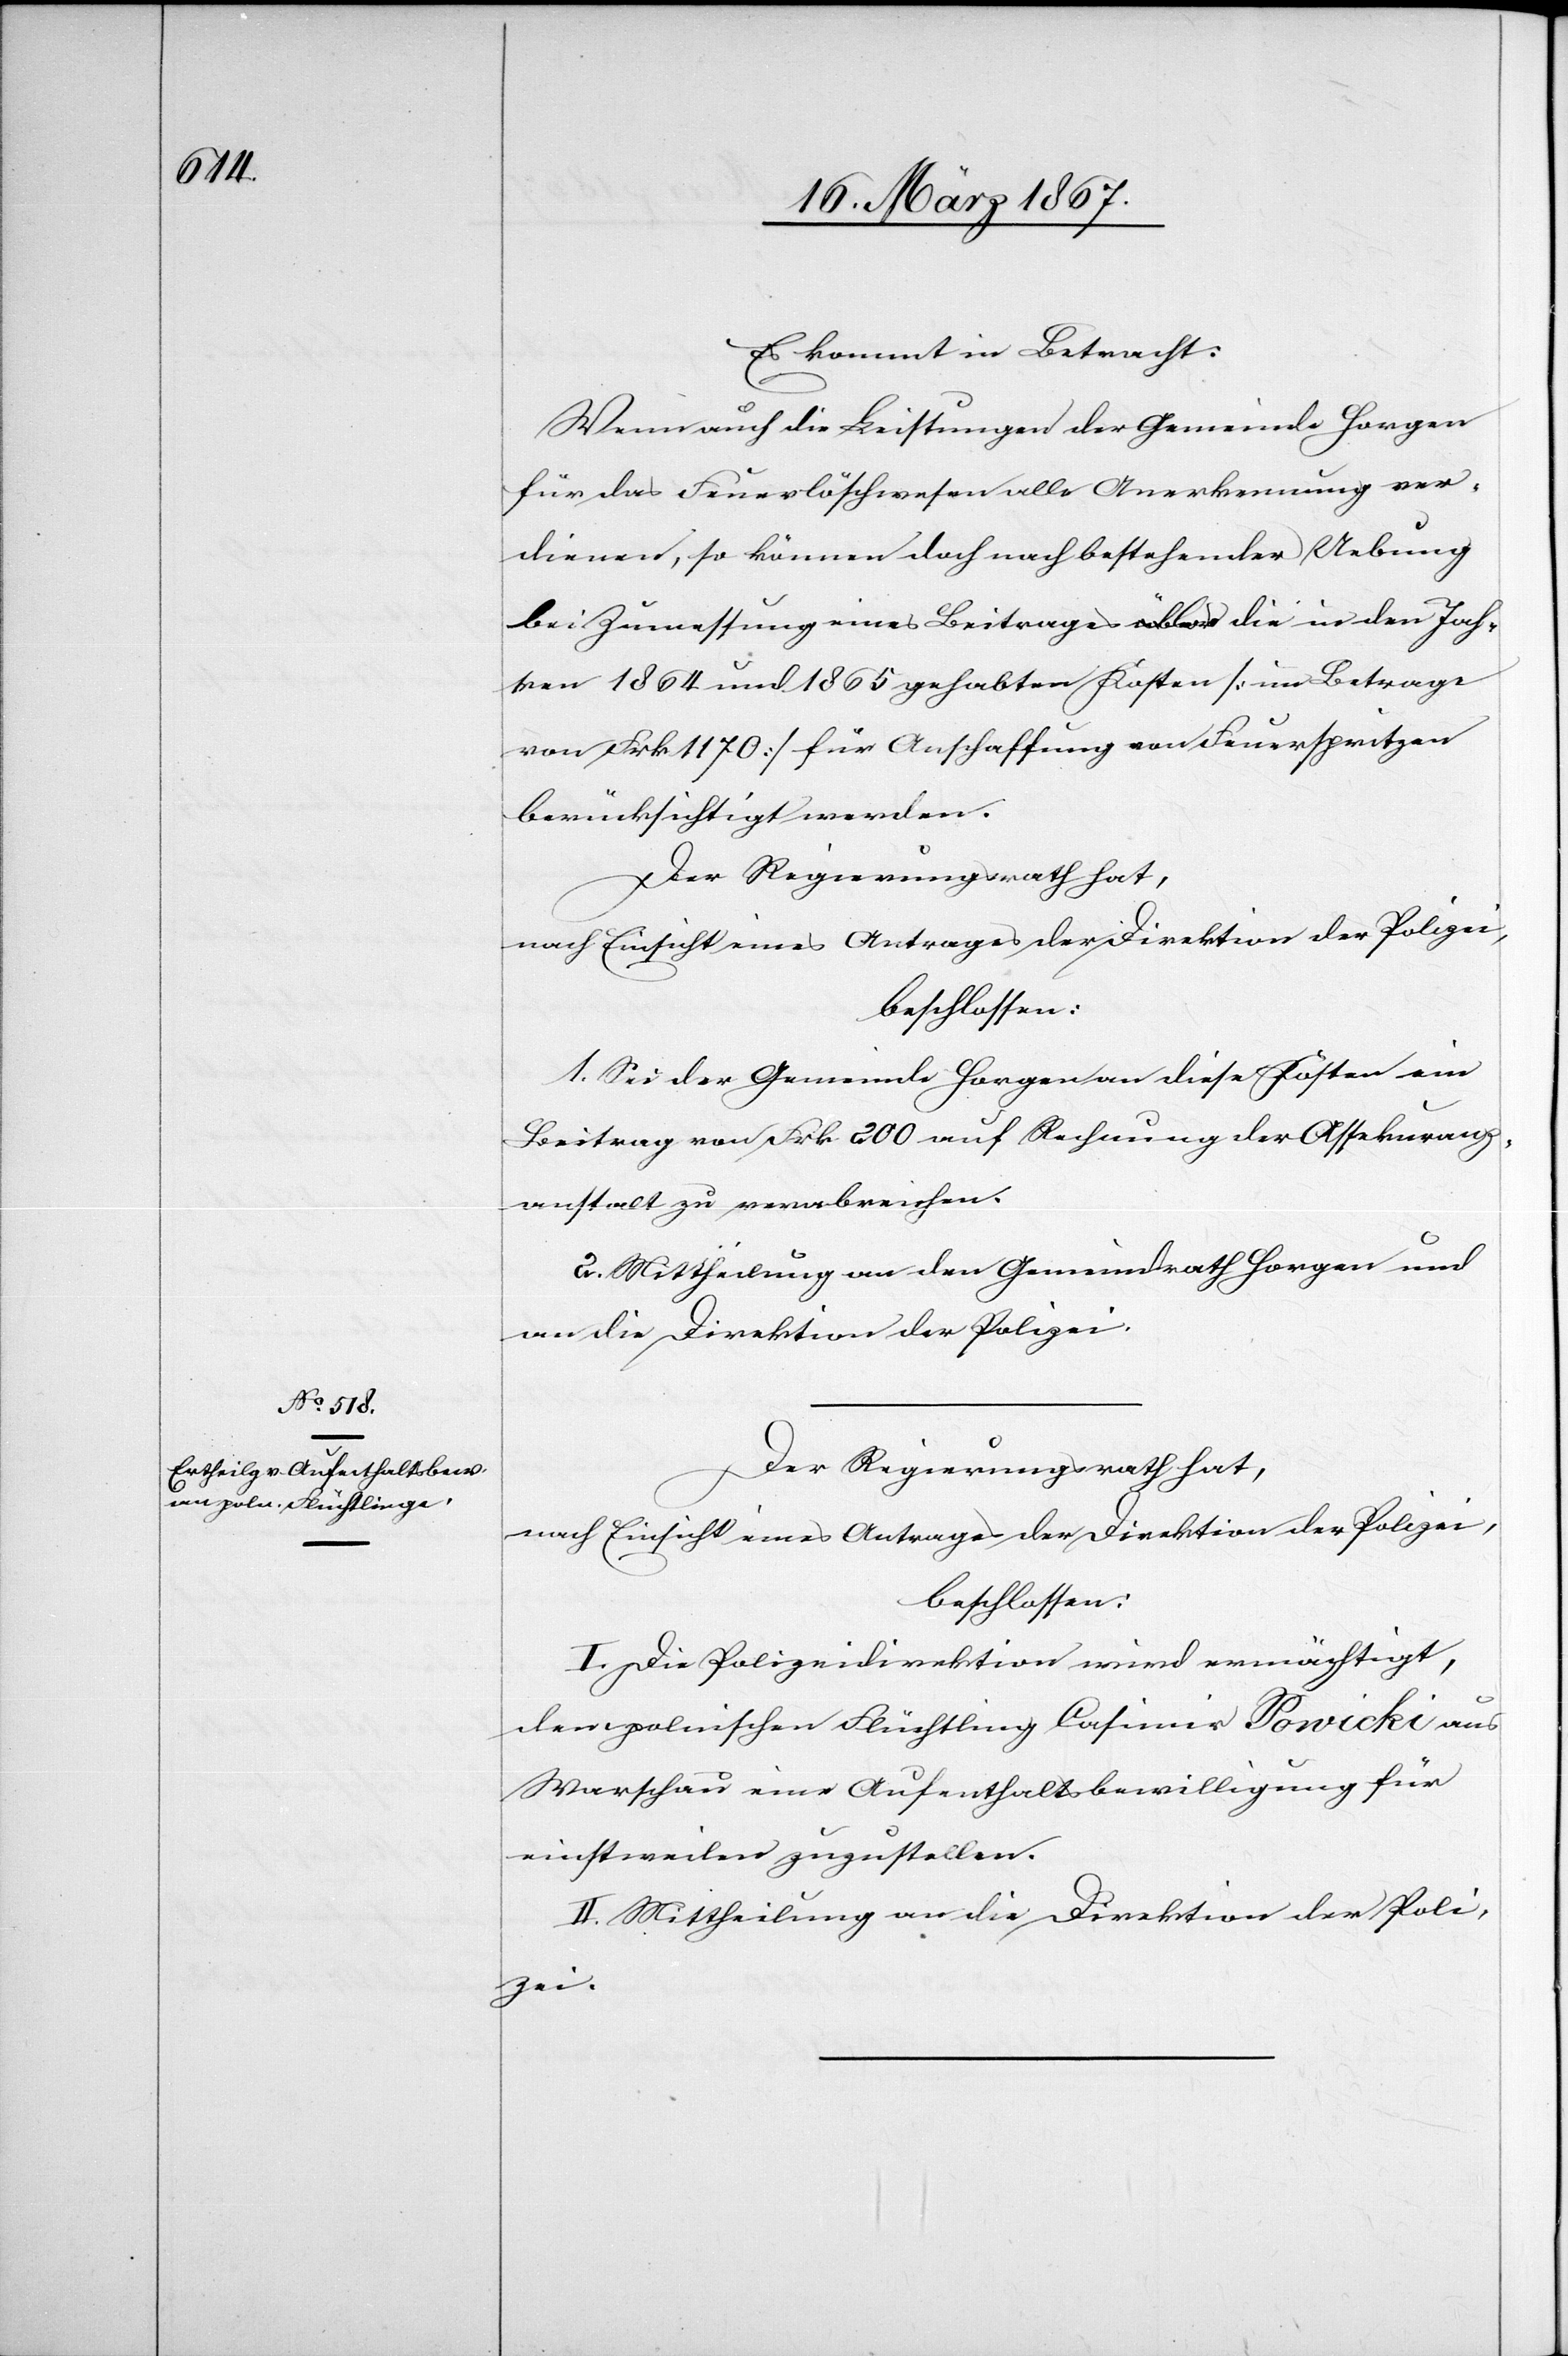
Es kommt in Betracht:
Wenn auch die Leistungen der Gemeinde Horgen
für das Feuerlöschwesen alle Anerkennung ver¬
dienen, so können doch nach bestehender Uebung
bei Zumessung eines Beitrages [nur?] die in den Jah¬
ren 1864 und 1865 gehabten Kosten [im Betrage
von Frk. 1170] für Anschaffung von Feuerspritzen
berücksichtigt werden.
Der Regierungsrath hat,
nach Einsicht eines Antrages der Direktion der Polizei,
beschlossen:
1. Sei der Gemeinde Horgen an diese Kosten ein
Beitrag von Frk. 200 auf Rechnung der Assekuranz¬
anstalt zu verabreichen.
2. Mittheilung an den Gemeindrath Horgen und
an die Direktion der Polizei.
Der Regierungsrath hat,
nach Einsicht eines Antrages der Direktion der Polizei
beschlossen:
I. Die Polizeidirektion wird ermächtigt,
dem polnischen Flüchtling Casimir Powicki aus
Warschau eine Aufenthaltsbewilligung für
einstweilen zuzustellen.
II. Mittheilung an die Direktion der Poli¬
zei.